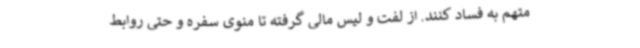
متهم به فساد کنند. از لفت و لیس مالی گرفته تا منوی سفره و حتی روابط‌